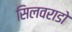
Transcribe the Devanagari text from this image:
सिलवराडो